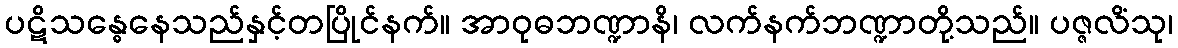
ပဋိသန္ဓေနေသည်နှင့်တပြိုင်နက်။ အာဝုဓဘဏ္ဍာနိ၊ လက်နက်ဘဏ္ဍာတို့သည်။ ပဇ္ဇလိံသု၊